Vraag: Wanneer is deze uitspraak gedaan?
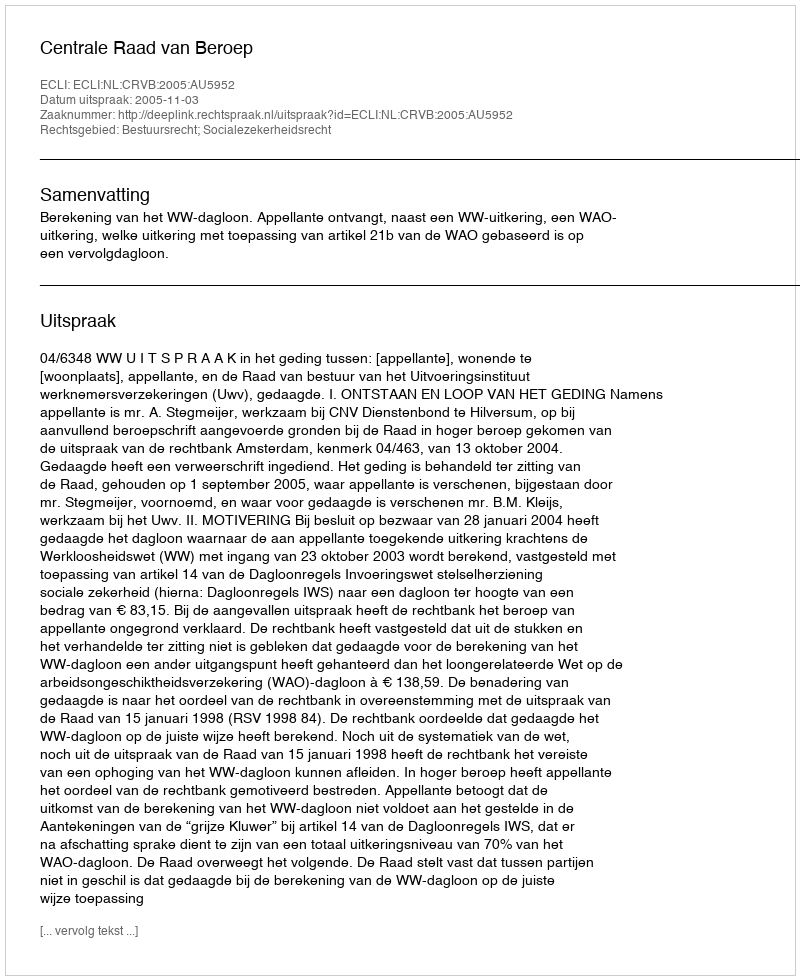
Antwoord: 2005-11-03